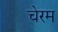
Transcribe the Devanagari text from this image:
चेरम